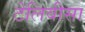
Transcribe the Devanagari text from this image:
टेलिवीसा